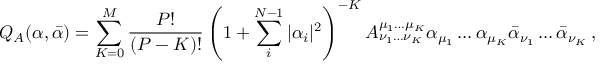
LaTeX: Q _ { A } ( \alpha , \bar { \alpha } ) = \sum _ { K = 0 } ^ { M } \frac { P ! } { ( P - K ) ! } \left( 1 + \sum _ { i } ^ { N - 1 } | \alpha _ { i } | ^ { 2 } \right) ^ { - K } A _ { \nu _ { 1 } \ldots \nu _ { K } } ^ { \mu _ { 1 } \ldots \mu _ { K } } \alpha _ { \mu _ { 1 } } \ldots \alpha _ { \mu _ { K } } \bar { \alpha } _ { \nu _ { 1 } } \ldots \bar { \alpha } _ { \nu _ { K } } \: ,